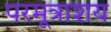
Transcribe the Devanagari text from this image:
परमूत्राशय